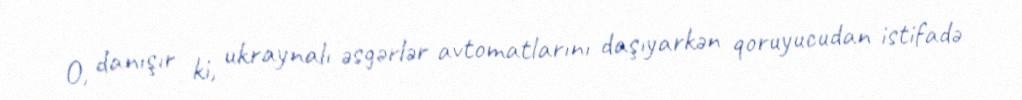
O, danışır ki, ukraynalı əsgərlər avtomatlarını daşıyarkən qoruyucudan istifadə